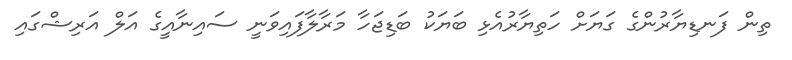
ތިން ފަނޑިޔާރުންގެ ގަޔަށް ހަތިޔާރުއެޅި ބަޔަކު ބަޑިޖަހާ މަރާލާފައިވަނީ ސައިނާއީގެ އަލް އަރިޝްގައި